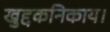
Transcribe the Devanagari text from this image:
खुद्दकनिकाय।